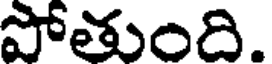
పోతుంది.